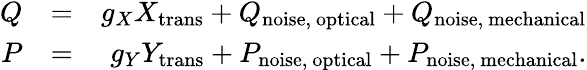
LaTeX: \begin{array}{rlr}{Q}&{=}&{g_{X}X_{\mathrm{trans}}+Q_{\mathrm{noise,~optical}}+Q_{\mathrm{noise,~mechanical}}}\\ {P}&{=}&{g_{Y}Y_{\mathrm{trans}}+P_{\mathrm{noise,~optical}}+P_{\mathrm{noise,~mechanical}}.}\end{array}